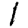
Digit: 1